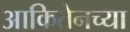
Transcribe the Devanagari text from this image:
आकितेनच्या